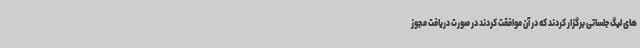
های لیگ جلساتی برگزار کردند که در آن موافقت کردند در صورت دریافت مجوز